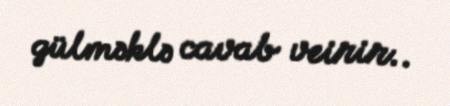
gülməklə cavab veirir..